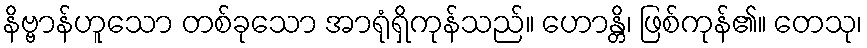
နိဗ္ဗာန်ဟူသော တစ်ခုသော အာရုံရှိကုန်သည်။ ဟောန္တိ၊ ဖြစ်ကုန်၏။ တေသု၊